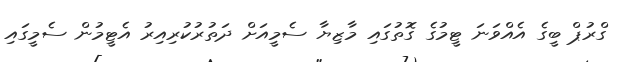
ގްރުޕް ބީގެ އެއްވަނަ ޓީމުގެ ގޮތުގައި މާޒިޔާ ސެމީއަށް ދަތުރުކުރިއިރު އެޓީމުން ސެމީގައި